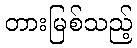
တားမြစ်သည့်